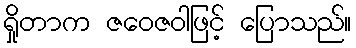
ရှိုတာက ဇဝေဇဝါဖြင့် ပြောသည်။